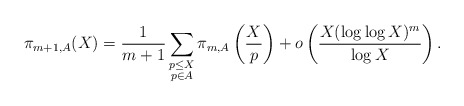
\begin{align*} \pi_{m+1,A}(X)=\frac{1}{m+1}\sum_{\substack{p\leq X\\ p\in A}}\pi_{m,A}\left(\frac{X}{p}\right)+o\left(\frac{X(\log \log X)^{m}}{\log X}\right).\end{align*}